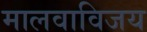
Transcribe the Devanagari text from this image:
मालवाविजय